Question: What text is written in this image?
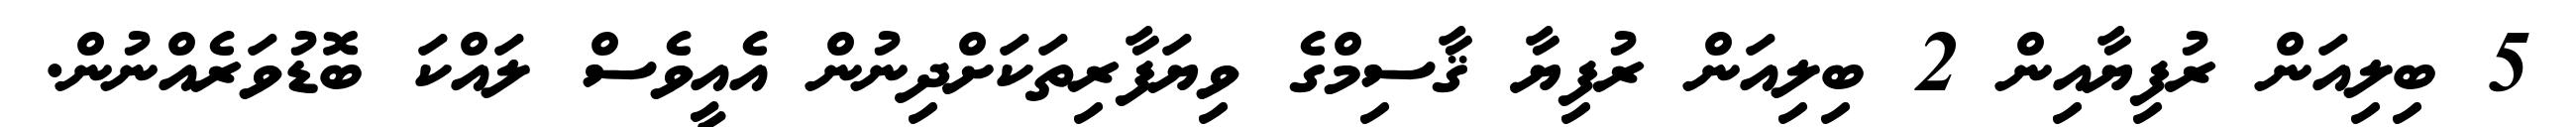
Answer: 5 ބިލިއަން ރުފިޔާއިން 2 ބިލިއަން ރުފިޔާ ޤާސިމްގެ ވިޔަފާރިތަކަށްދިނުން އެއީވެސް ލައްކަ ބޮޑުވަރެއްނުން.